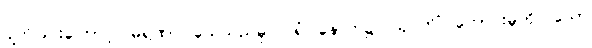
ပျက်ခြင်းကြောင့်။ မရဏာ၊ သေသည်မှ။ ပရံ၊ နောက်၌။ သုဂတိံ၊ ကောင်းမှုကိုပြုသော